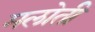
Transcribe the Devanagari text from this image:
मलोती